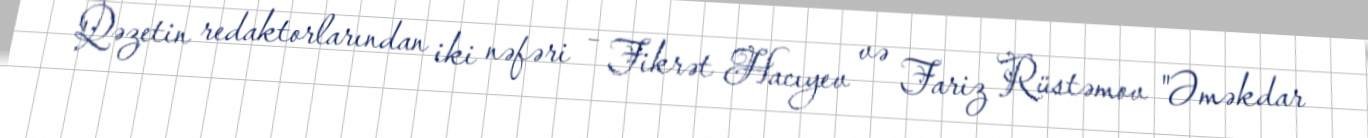
Qəzetin redaktorlarından iki nəfəri – Fikrət Hacıyev və Fariz Rüstəmov "Əməkdar